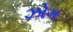
ઝોગ